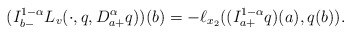
\begin{align*}( I_{b-}^{1-\alpha} L_{v}(\cdot,q,D_{a+}^{\alpha}q) ) (b)= - \ell_{x_2} ((I^{1-\alpha}_{a+} q)(a),q(b) ).\end{align*}